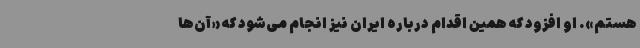
هستم». او افزود که همین اقدام درباره ایران نیز انجام می‌شود که «آن‌ها